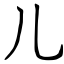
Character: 儿